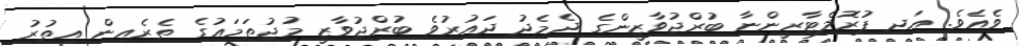
ވެއެވެ. އަދި ޕުރޮލެޓާރީންނާ ބުރްޖުވާޒީންގެ ދެމެދު ދައުރުވެ ބުރްޖުވާޒީ މުޖުތަމަޢުގެ ތެރެއިން އިތުރު